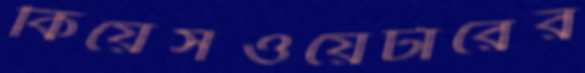
কিয়েসওয়েটারের